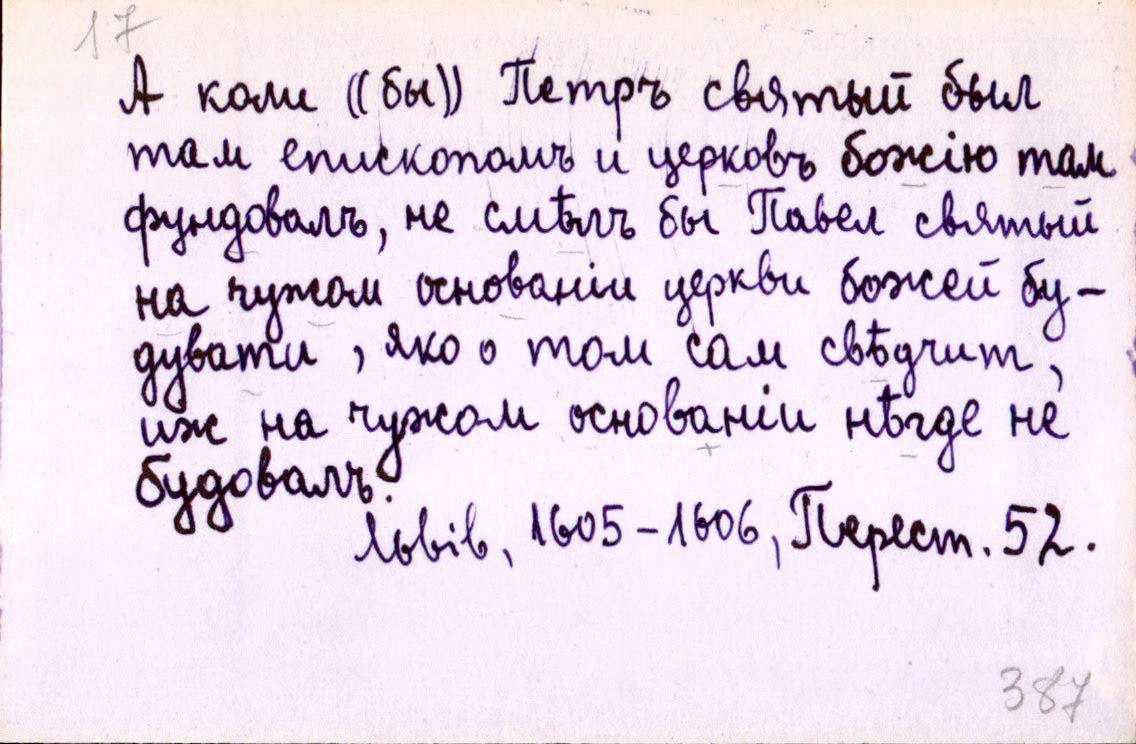
А коли ((бы)) Петръ святый былъ
там епископомъ и церковъ божію там
фундовалъ, не смѣлъ бы Павел святый
на чужом основаніи церкви божей бу-
дувати, яко о том сам свѣдчит,
иж на чужом основаніи нѣгде не
будовалъ.
Львів, 1605-1606, Перест. 52.